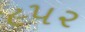
૯૫૨